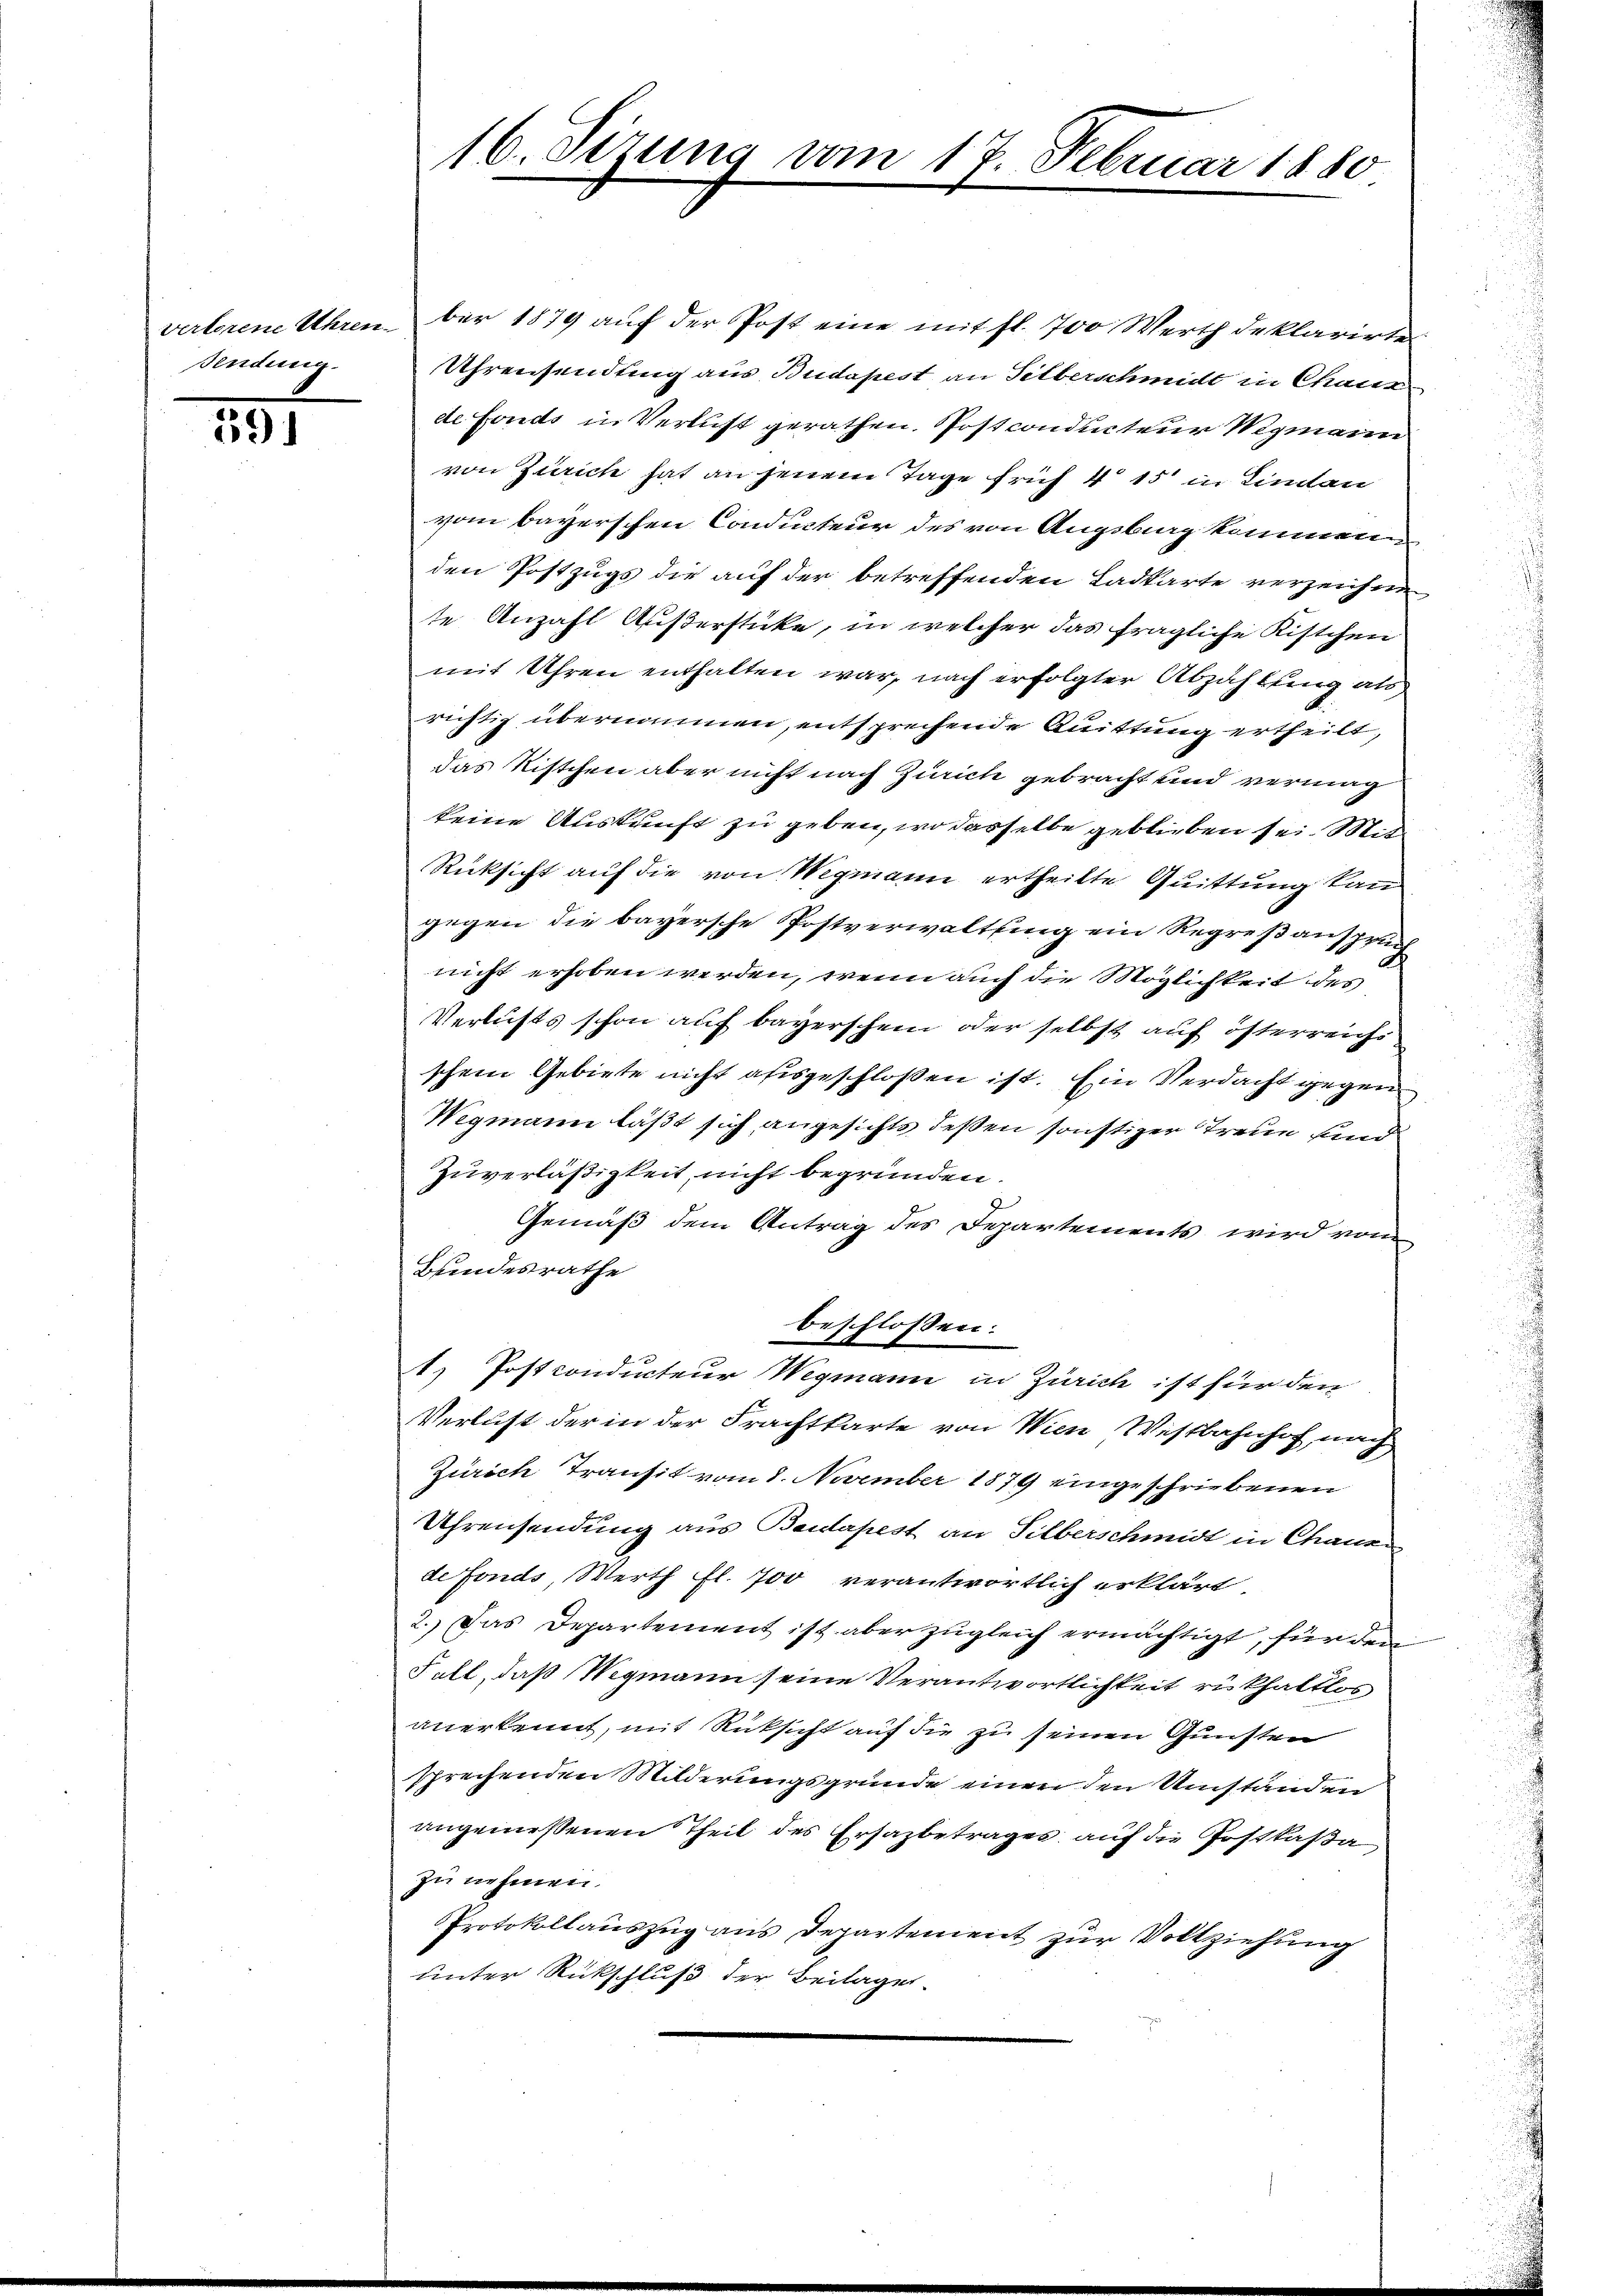
Sendung.

191

verlorene Uhren ber 1879 auf der Post eine mit fl. 700 Werth deklarirte
Uhrensendling aus Budapest an Silberschmidt in Chaux
de Fonds in Verlust gerathen. Post conducteur Wegmann
von Zürich hat an jenem Tage früh 4 15 in Lindau
vom bayerschen Conducteur des von Angebrag kommenen
den Postzugs die auf der betreffenden Ladkarte verzeichne
te Anzahl Außerstücke, in welcher das fragliche Kistchen
mit Uhren enthalten war, nach erfolgter Abzahlung als
richtig übernommen, entsprechende Quittung ertheilt,
das Kistchen aber nicht nach Zürich gebracht und vermag
keine Auskunft zu geben, wo dasselbe geblieben sei. Mit
Rücksicht auf die von Wegmann ertheilte Quittung kan
gegen die bayersche Postverwaltung ein Regreßanspruch
nicht erhoben werden, wenn auch die Möglichkeit des
Verlusts schon auf bayerschein oder selbst auf österreichs
schen Gebiete nicht ausgeschlossen ist. Ein Verdacht gegen
Wegmann läßt sich angesichts deßen sonstiger Treue und
Zuverläßigkeit, nicht begründen.
Gemäß dem Antrag des Departements wird von
Bundesrathe
beschlossen:
1) Postconducteur Wegmann in Zürich ist für den
Verlust der in der Frachtkarte von Wien Westbahnhof nach
Zürich Transit vom 8. November 1879 eingeschriebenen
Uhrensendung aus Baidapest an Silberschmidt in Chanen
de Fonds, Werth fl. 700 verantwortlich erklärt.
2.) Das Departement ist aber zugleich ermächtigt, für den
Fall, daß Wegmann seine Verantwortlichkeit rükhaltlos
anerkennt, mit Rücksicht auf die zu seinen Gunsten
sfreihenden Milderungsgründe einen den Umständen
angemessenen Theil des Ersazbetrages auf die Postkaßa
zu nehmen.
Protokollauszug aus Departement zur Vollziehung
unter Rückschluß der Beilage.

16. Sizung vom 17. Februar 1880.

2